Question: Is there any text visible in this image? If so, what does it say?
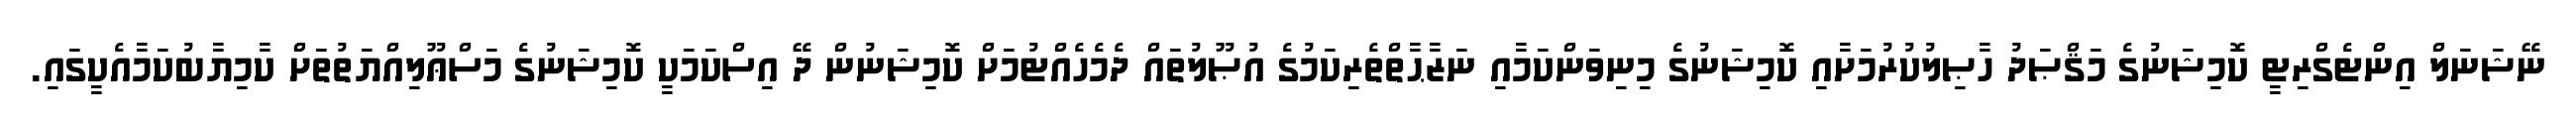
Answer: ނޭޝަނަލް އިންޓެގްރިޓީ ކޮމިޝަނުގެ މަޤްޞަދު ހާޞިލުކުރުމަށާއި ކޮމިޝަނުގެ މިނިވަންކަމާއި ނަޒާޙާތްތެރިކަމުގެ އުޞޫލުތައް ދެމެހެއްޓުމަށް ކޮމިޝަނުން ދޭ އިސްކަމަކީ ކޮމިޝަނުގެ މަސްޢޫލިއްޔަތުތަށް ކާމިޔާބުކަމާއެކީގައި.